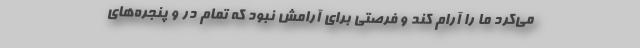
می‌کرد ما را آرام کند و فرصتی برای آرامش نبود که تمام در و پنجره‌های